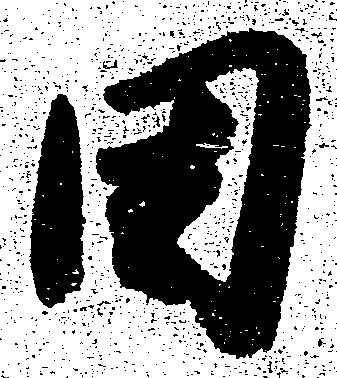
田